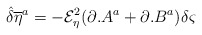
\begin{align*}{\hat{\delta}} {\overline{\eta}} ^{a}=-{\mathcal{E}}_{\eta }^{2}(\partial .A^{a}+\partial .B^{a})\delta \varsigma\end{align*}